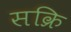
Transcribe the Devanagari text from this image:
सक्रि